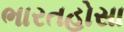
ભારતહોસા